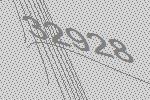
32928